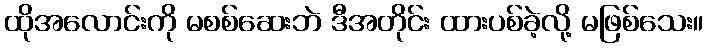
ထိုအလောင်းကို မစစ်ဆေးဘဲ ဒီအတိုင်း ထားပစ်ခဲ့လို့ မဖြစ်သေး။